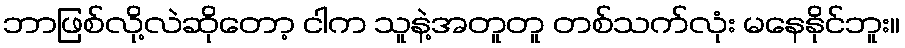
ဘာဖြစ်လို့လဲဆိုတော့ ငါက သူနဲ့အတူတူ တစ်သက်လုံး မနေနိုင်ဘူး။